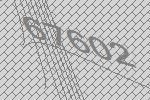
67602